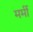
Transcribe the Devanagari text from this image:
मर्मी